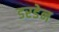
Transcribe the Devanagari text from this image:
डरडेन